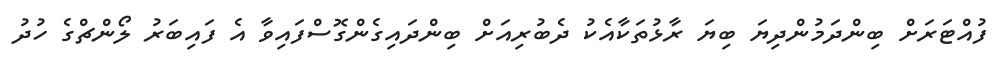
ފުއްޓަރަށް ބިންދަމުންދިޔަ ބިޔަ ރާޅުތަކާއެކު ދެބުރިއަށް ބިންދައިގެންގޮސްފައިވާ އެ ފައިބަރު ލޯންޗްގެ ހުދު